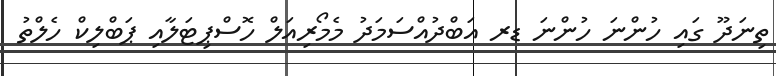
ތިނަދޫ ގައި ހުންނަ ހުންނަ ޑރ އަބްދުއްސަމަދު މެމޯރިއަލް ހޮސްޕިޓަލާއި ޕަބްލިކް ހެލްތު